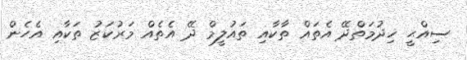
ސިއްޙީ ޚިދުމަތްދޭ އެތައް ތާކާއި ތައުލީމް ދޭ އެތެއް މަރުކަޒު ތަކާއި އެހެން